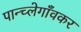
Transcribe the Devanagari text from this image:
पान्च्लेगाँवकर